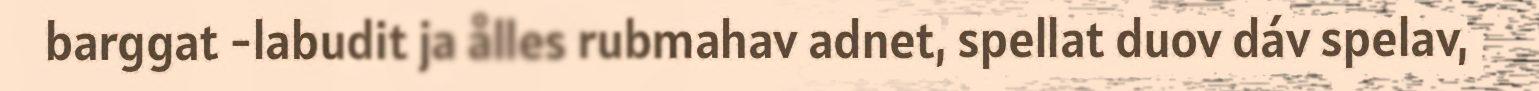
barggat -labudit ja ålles rubmahav adnet, spellat duov dáv spelav,